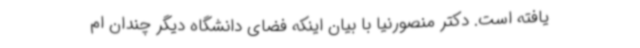
یافته است. دکتر منصورنیا با بیان اینکه فضای دانشگاه دیگر چندان ام